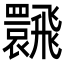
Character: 𩙽